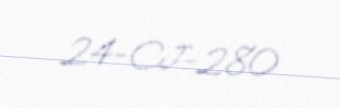
24-CJ-280